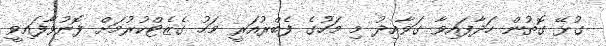
ގުޅޭ ގޮތުން ހަދާފައިވާ ގަވާއިދު މި މަހުގެ ފެބްރުއަރީ މަހު ގެޒެޓްކުރުމަށް ފޮނުވާފައިވީ